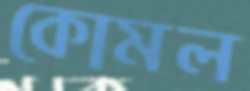
কোমল